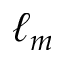
\ell _ { m }